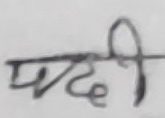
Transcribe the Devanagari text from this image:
एदी